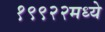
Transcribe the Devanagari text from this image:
१९९२२मध्ये